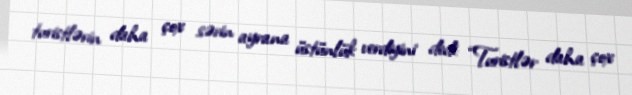
turistlərin daha çox sərin ayrana üstünlük verdiyini dedi: “Turistlər daha çox